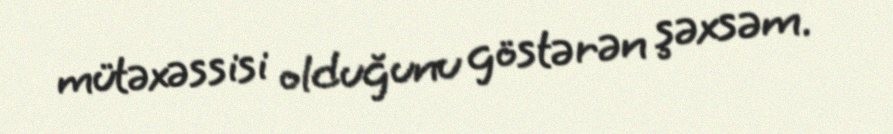
mütəxəssisi olduğunu göstərən şəxsəm.